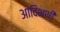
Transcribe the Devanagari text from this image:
आदिभाषी